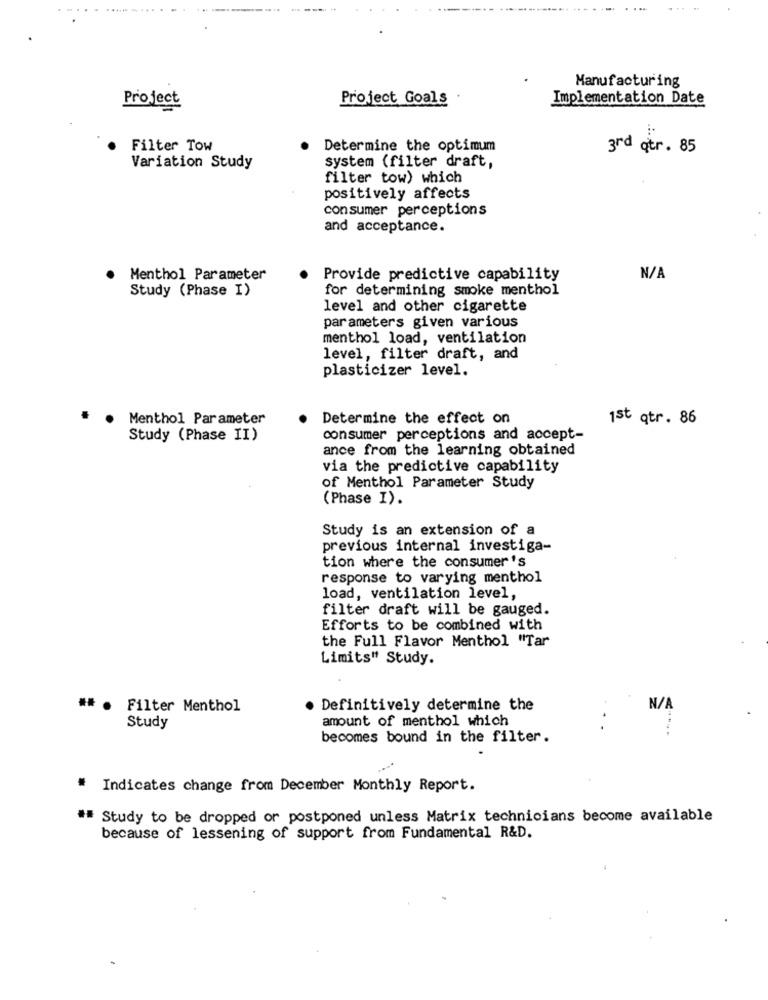
...................---- ----
... ..
....
Manufacturing
Project
Project Goals
Implementation Date
Filter Tow
Determine the optimum
3rd qtr. 85
Variation Study
system (filter draft,
filter tow) which
positively affects
consumer perceptions
and acceptance.
Menthol Parameter
Provide predictive capability
Study (Phase I)
for determining smoke menthol
level and other cigarette
parameters given various
menthol load, ventilation
level, filter draft, and
plasticizer level.
.
Menthol Parameter
Determine the effect on
1st qtr. 86
Study (Phase II)
consumer perceptions and accept-
ance from the learning obtained
via the predictive capability
of Menthol Parameter Study
(Phase I).
Study is an extension of a
previous internal investiga-
tion where the consumer's
response to varying menthol
load, ventilation level,
filter draft will be gauged.
Efforts to be combined with
the Full Flavor Menthol "Tar
Limits" Study.
## . Filter Menthol
Definitively determine the
amount of menthol which
Study
becomes bound in the filter.
* Indicates change from December Monthly Report.
## Study to be dropped or postponed unless Matrix technicians become available
because of lessening of support from Fundamental R&D.